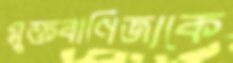
মুক্তবাণিজ্যকে